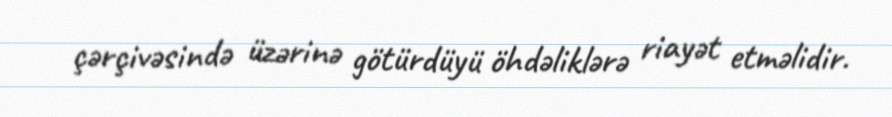
çərçivəsində üzərinə götürdüyü öhdəliklərə riayət etməlidir.